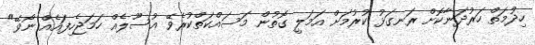
ހިދުމަތް ހަރުދަނާކޮށް ރަނގަޅު ކުރުމަށް އަމަލީ ގޮތުން މަސައްކަތްކުރެވޭ އުސޫލެއް ހަމަޖެހިފައެއް ނޯވޭ"